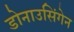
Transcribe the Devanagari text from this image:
डोनाउसिंगेन